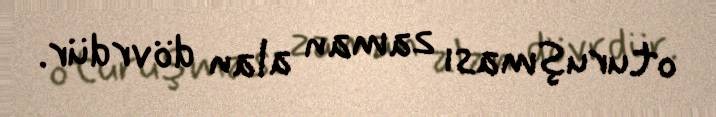
oturuşması zaman alan dövrdür.